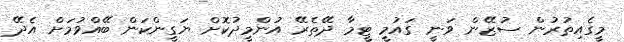
މީގެއިތުރުން ސުޒޭން ވަނީ ގައުމީ ޓީމާ ދޭތެރޭ އުންމީދުކޮށް ޔަގީންކަން ބޭއްވުމަށް އެދޭ